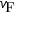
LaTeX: v _ { \mathrm { { F } } }